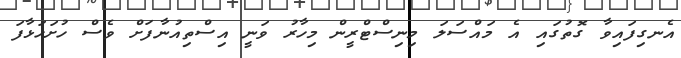
އެނގިފައިވާ ގޮތުގައި އެ މައްސަލަ މިނިސްޓްރީން މިހާރު ވަނީ އިސްތިއުނާފަށް ވެސް ހުށަހަޅާފަ